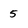
Character: 5